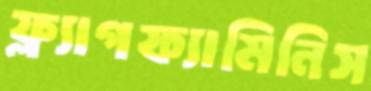
ফ্ল্যাগফ্যামিনিস